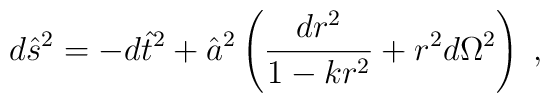
d \hat{s}^2 = - d \hat{t}^2 + \hat{a}^2 \left( \frac{d r^2}{1 - k r^2} + r^2 d \Omega^2 \right) \; ,